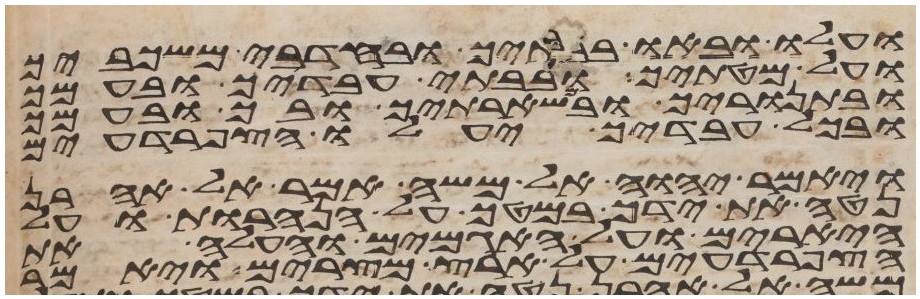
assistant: ועלו ובאו בבתיך ובחדרי משכביך
ועל מטתיך ובבתי עבדיך ובעמך
ובתנוריך ובמשארתיך ובך ובעמך
ובכל עבדיך יעלו הצפרדעים
ויאמר יהוה אל משה אמר אל אהרן
נטה את ידך במטך על הנהרות ועל
היארים ועל האגמים והעל את
הצפרדעים על ארץ מצרים ויאמר